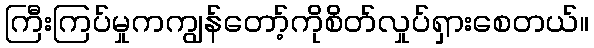
ကြီးကြပ်မှုကကျွန်တော့်ကိုစိတ်လှုပ်ရှားစေတယ်။